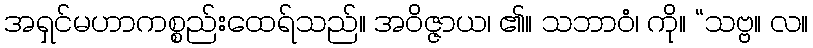
အရှင်မဟာကစ္စည်းထေရ်သည်။ အဝိဇ္ဇာယ၊ ၏။ သဘာဝံ၊ ကို။ “သဗ္ဗ။ လ။